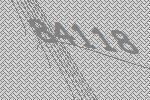
84118